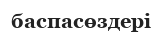
баспасөздері